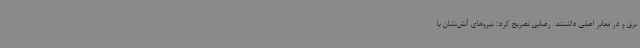
برق و در معابر اصلی داشتند. رضایی تصریح کرد: نیروهای آتش‌نشان با